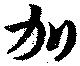
加